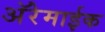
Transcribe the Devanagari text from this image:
अॅरेमाईक